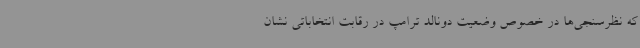
که نظرسنجی‌ها در خصوص وضعیت دونالد ترامپ در رقابت انتخاباتی نشان